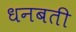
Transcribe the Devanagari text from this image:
धनबती